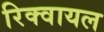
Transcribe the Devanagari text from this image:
रिक्वायल